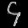
Digit: ၄